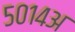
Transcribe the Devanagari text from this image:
५०१४अ